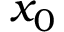
x _ { 0 }